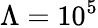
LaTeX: \Lambda=10^{5}